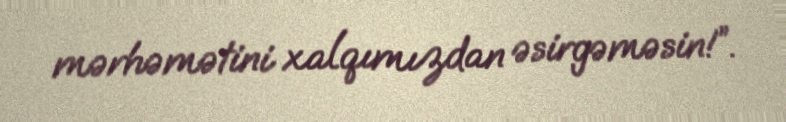
mərhəmətini xalqımızdan əsirgəməsin!”.